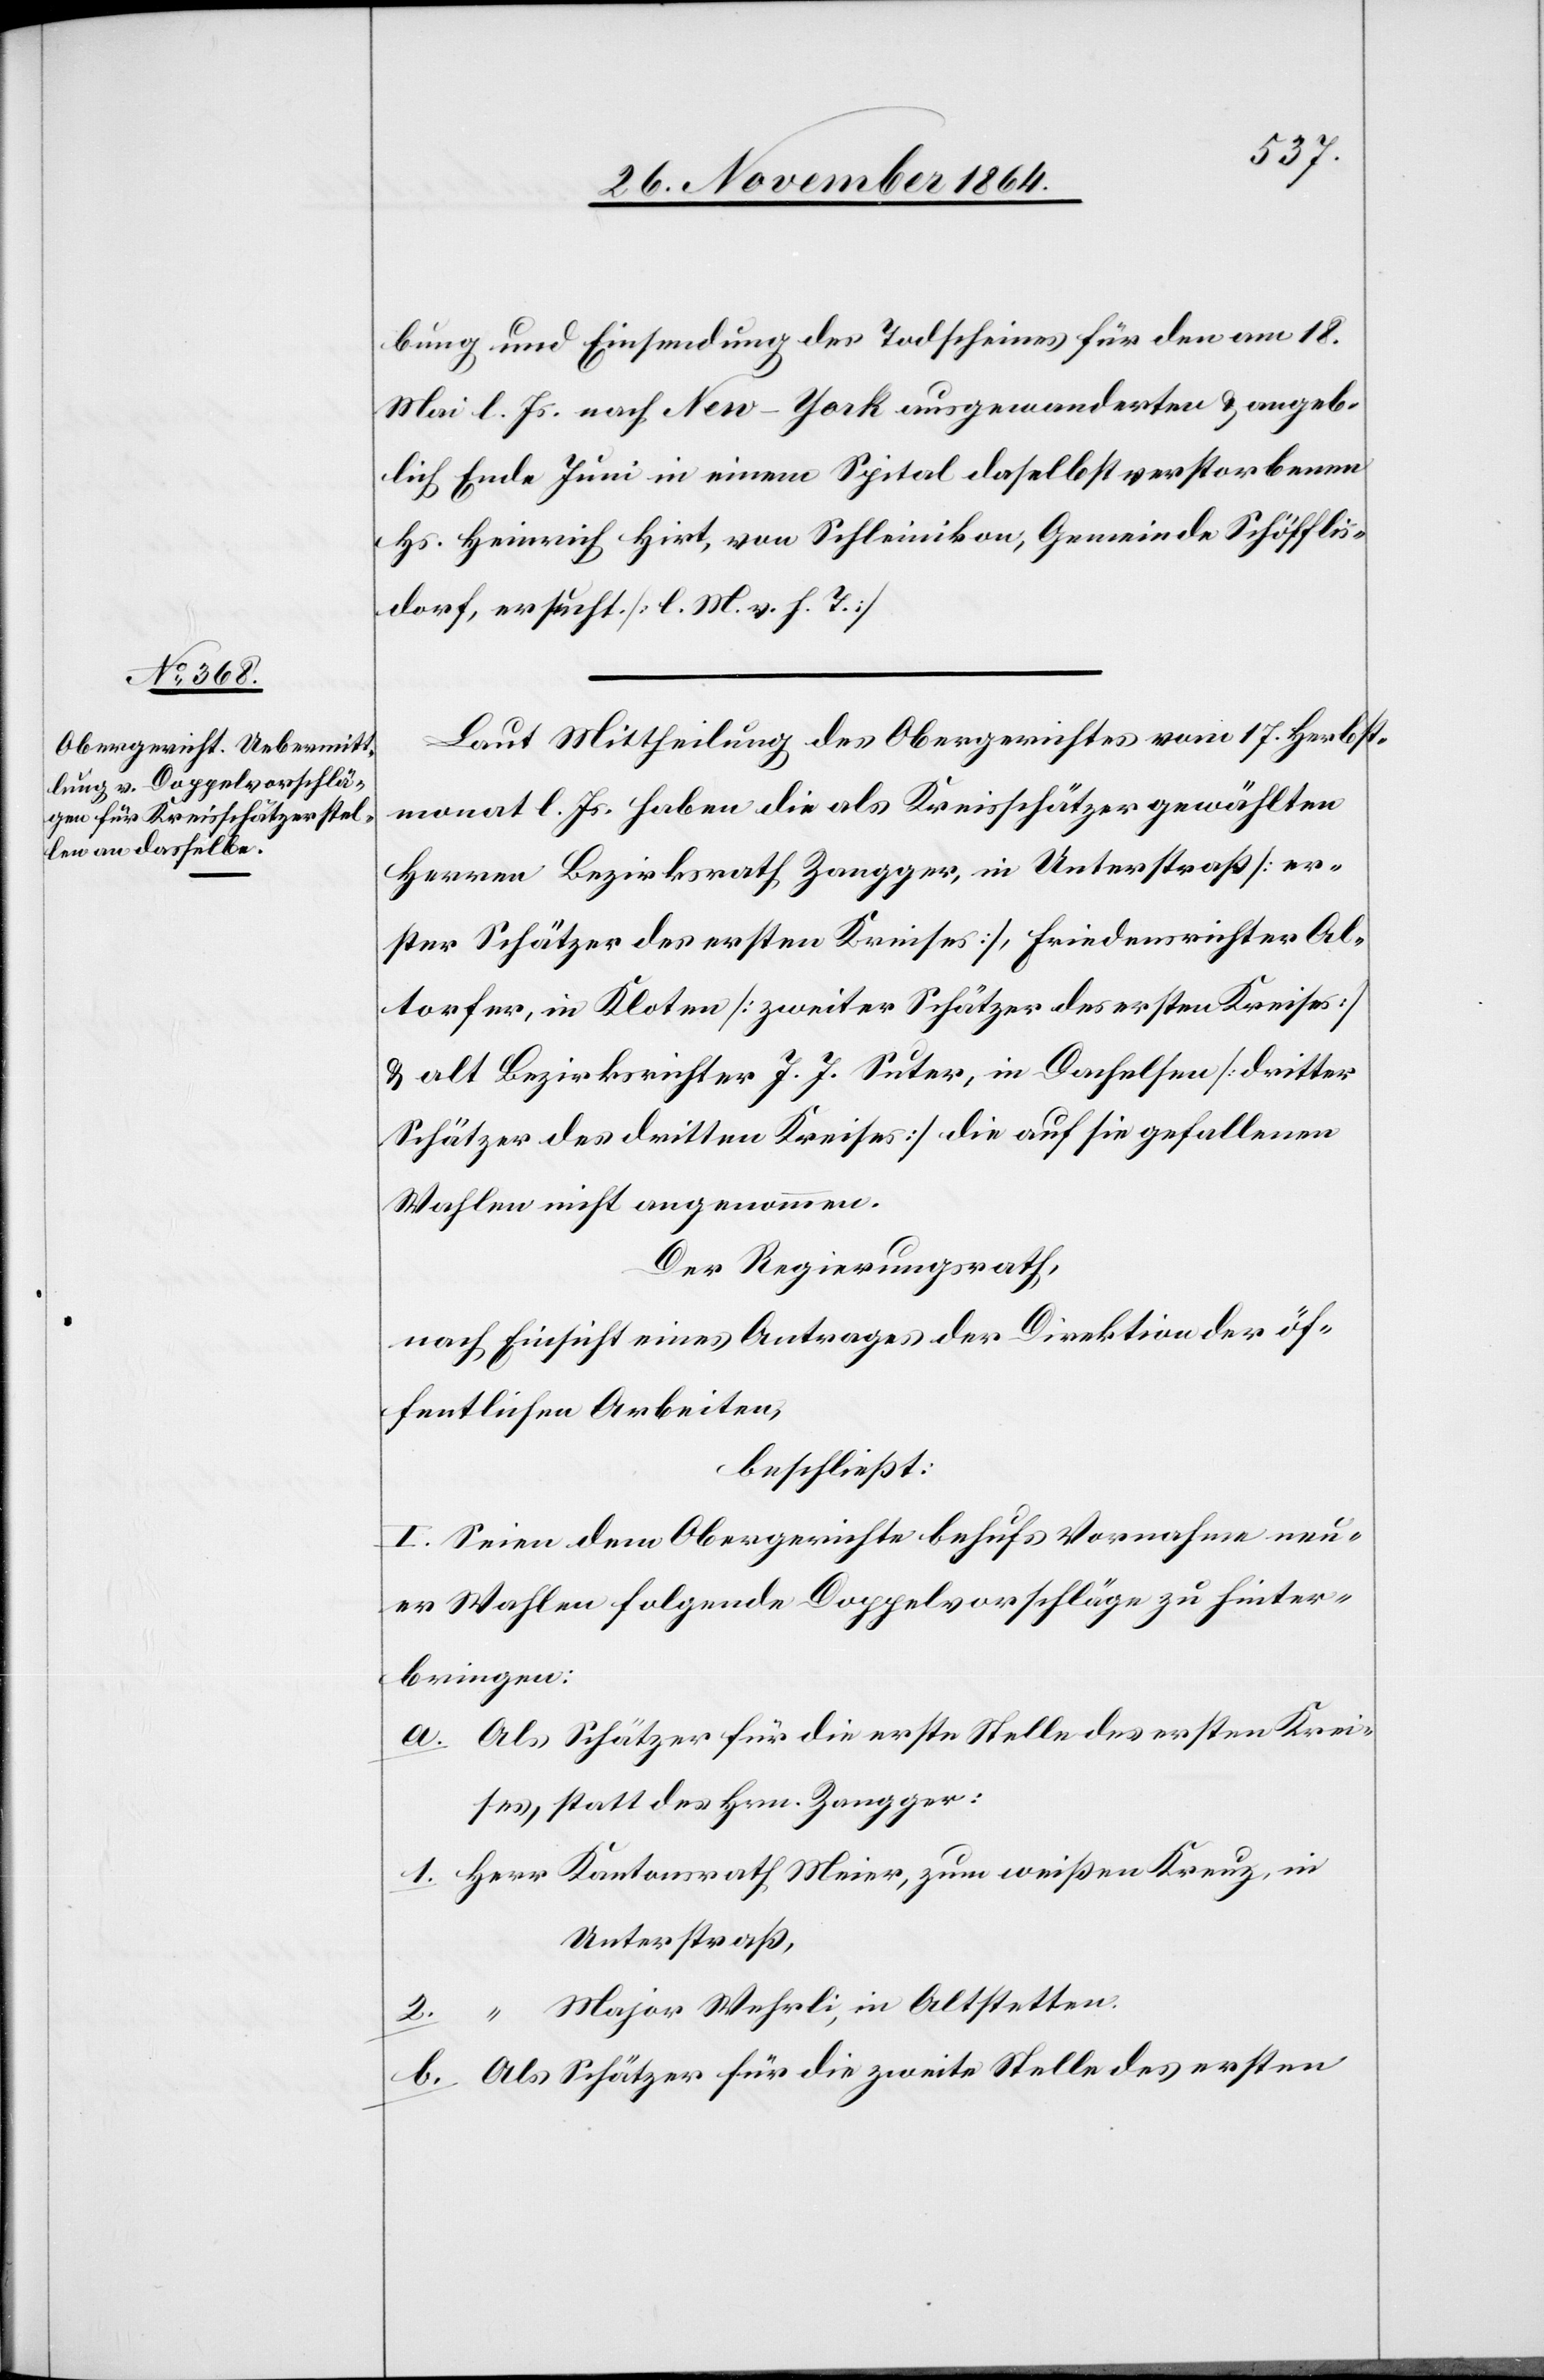
bung und Einsendung des Todscheines für den am 18.
Mai l. Js. nach New-York ausgewanderten & angeb¬
lich Ende Juni in einem Spital daselbst verstorbenen
Hs. Heinrich Hirt, von Schleinikon, Gemeinde Schöfflis¬
dorf, ersucht. [l. M. v. h. T.]
Laut Mittheilung des Obergerichtes vom 17. Herbst¬
monat l. Js. haben die als Kreisschätzer gewählten
Herren Bezirksrath Zangger, in Unterstraß [er¬
ster Schätzer des ersten Kreises], Friedensrichter Al¬
torfer, in Kloten [zweiter Schätzer des ersten Kreises]
& alt Bezirksrichter J. J. Suter, in Dachelsen [dritter
Schätzer des dritten Kreises] die auf sie gefallenen
Wahlen nicht angenommen.
Der Regierungsrath,
nach Einsicht eines Antrages der Direktion der öf¬
fentlichen Arbeiten,
beschließt:
I. Seien dem Obergerichte behufs Vornahme neu¬
er Wahlen folgende Doppelvorschläge zu hinter¬
bringen:
a. Als Schätzer für die erste Stelle des ersten Krei¬
ses, statt des Hrn. Zangger:
1. Herr Kantonsrath Meier, zum weißen Kreuz, in
Unterstraß,
2. “ Major Wehrli, in Altstetten.
b. Als Schätzer für die zweite Stelle des ersten